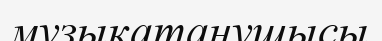
музыкатанушысы